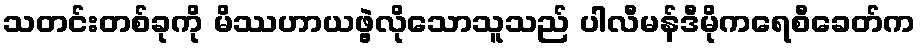
သတင်းတစ်ခုကို မိဿဟာယဖွဲ့လိုသောသူသည် ပါလီမန်ဒီမိုကရေစီခေတ်က